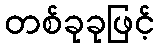
တစ်ခုခုဖြင့်